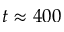
t \approx 4 0 0